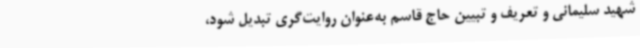
شهید سلیمانی و تعریف و تبیین حاج قاسم به‌عنوان روایت‌گری تبدیل شود،